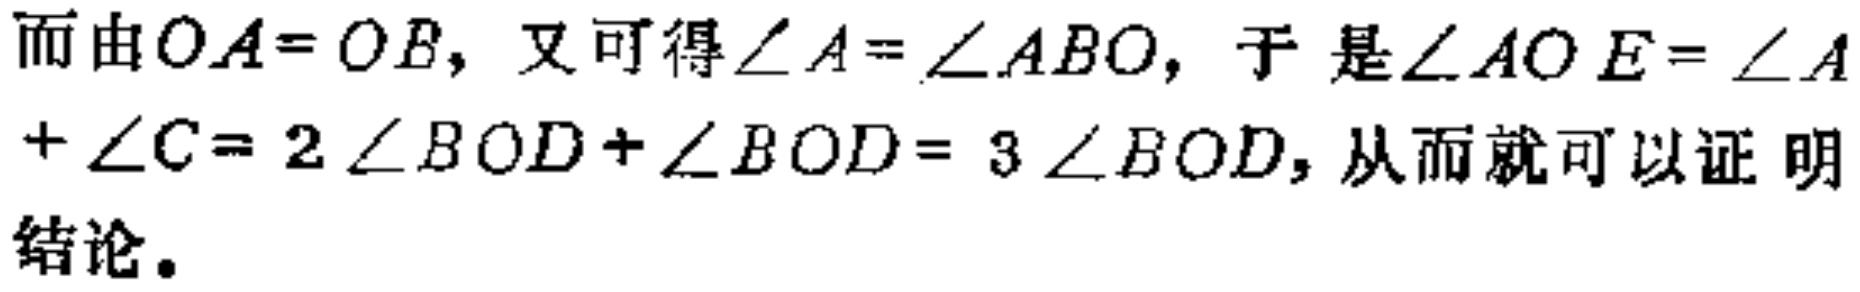
而由\(OA = OB\)，又可得\(\angle A=\angle ABO\)，于是\(\angle AOE=\angle A+\angle C = 2\angle BOD+\angle BOD = 3\angle BOD\)，从而就可以证明结论。